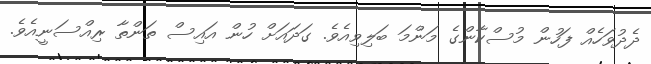
ދެދުވަހެއް ފަހުން މުސްކާންގެ މަންމަ ބަލިވިއެވެ. ގަދައަށް ހުން އައިސް ތަންތާ ރިއްސަނީއެވެ.